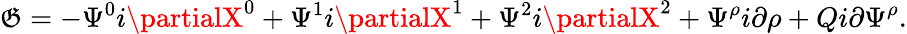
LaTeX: \mathfrak{G}=-\Psi^{0}i\partialX^{0}+\Psi^{1}i\partialX^{1}+\Psi^{2}i\partialX^{2}+\Psi^{\rho}i\partial\rho+Qi\partial\Psi^{\rho}.